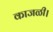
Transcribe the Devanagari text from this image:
काजळी।